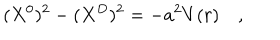
( X ^ { 0 } ) ^ { 2 } - ( X ^ { D } ) ^ { 2 } = - a ^ { 2 } V ( r ) \quad ,